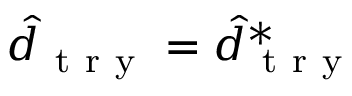
\hat { d } _ { \mathrm { ~ t ~ r ~ y ~ } } = \hat { d } _ { \mathrm { ~ t ~ r ~ y ~ } } ^ { * }